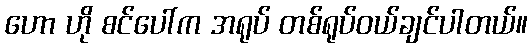
ဟော ဟို စင်ပေါ်က အရုပ် တစ်ရုပ်ဝယ်ချင်ပါတယ်။